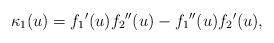
LaTeX: \begin{align*}\kappa _{1}(u)=f_{1}{}^{\prime }(u)f_{2}{}^{\prime \prime}(u)-f_{1}{}^{\prime \prime }(u)f_{2}{}^{\prime }(u), \end{align*}